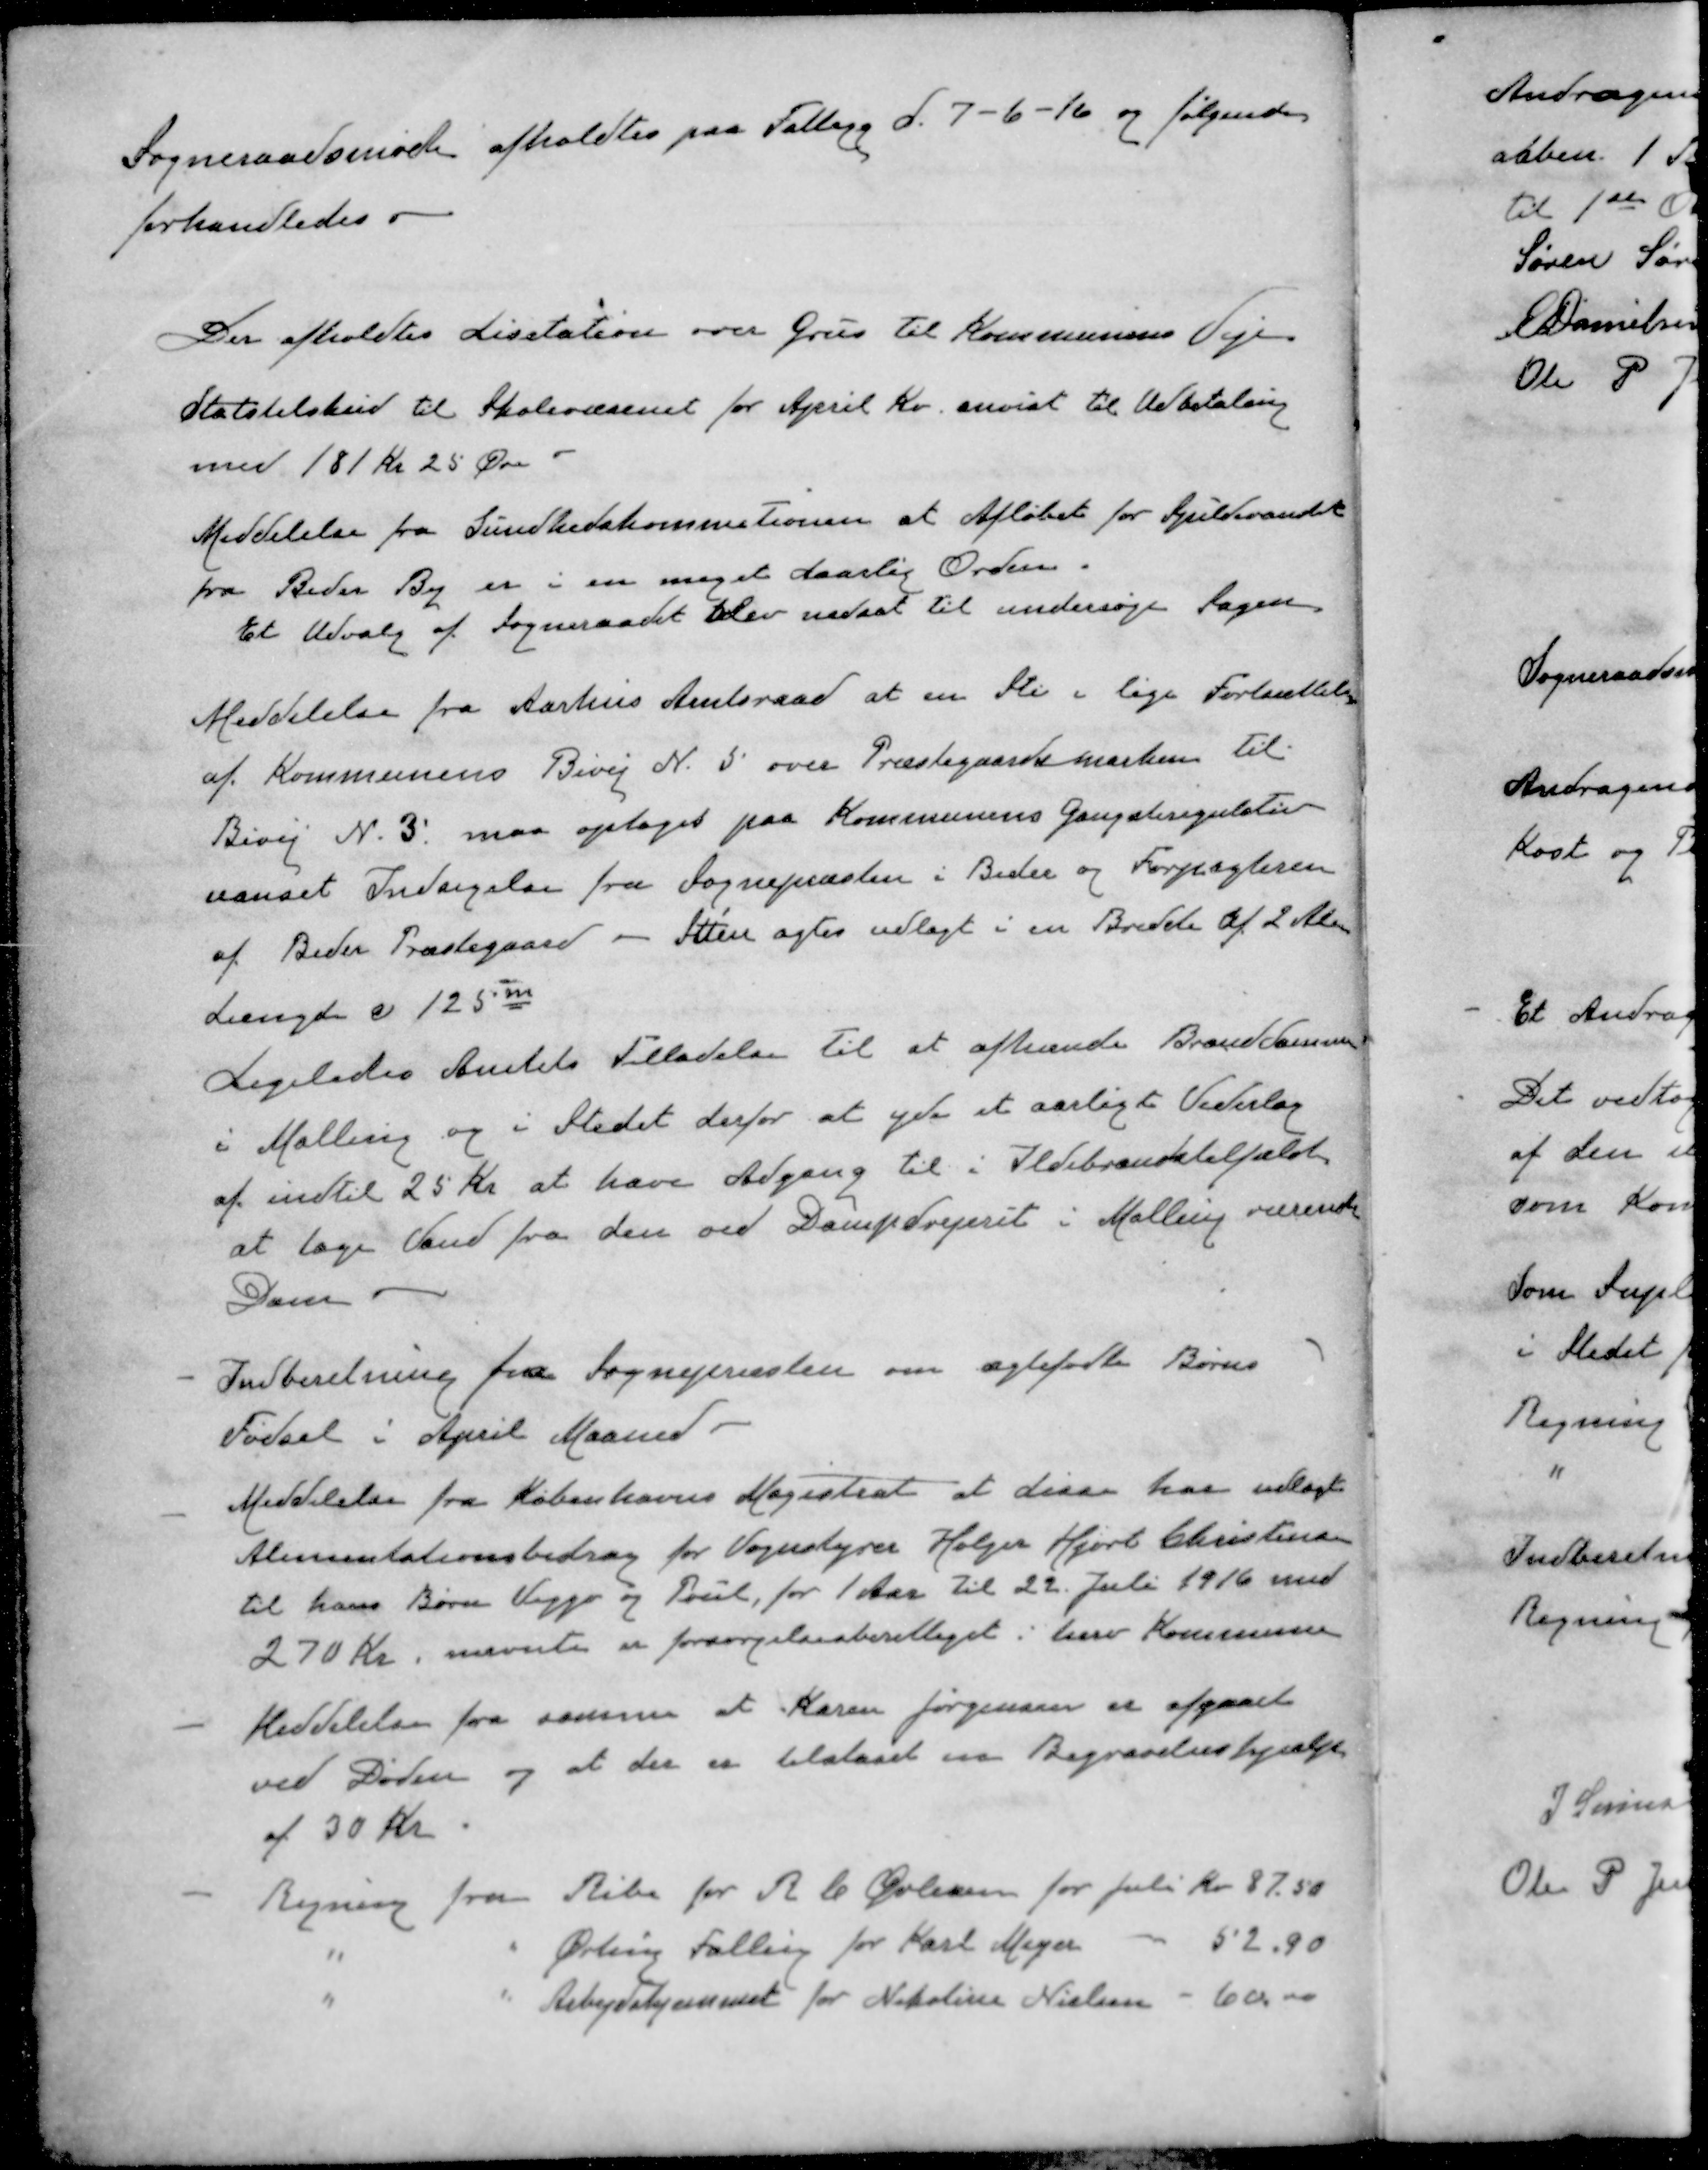
Transskription:
Sogneraadsmøde afholdtes paa Fattigg d. 7-6-16 og følgende
forhandledes
Der afholdtes Lisitation over Grus til Kommunens Veje
Statstilskud til Skolevæsenet for April Kv. anvist til Udbetaling
med 181 Kr 25 Øre
Meddelelse fra Sundhedskommitionen at Afløbet for Spildevandet
fra Beder By er i en meget daarlig Orden.
Et Udvalg af Sogneraadet blev nedsat til undersøge Sagen
Meddelelse fra Aarhus Amtsraad at en Sti i lige Fortsættelse
af Kommunens Bivej N. 5 over Præstegaardsmarken til
Bivej N. 3. maa optages paa Kommunens Gangstiregulativ
uanset Indsigelse fra Sognepræsten i Beder og Forpagteren
af Beder Præstegaard - Stien agtes udlagt i en Bredde af 2 Alen
Længde c 125 m
Ligeledes Amtets Tilladelse til at afhænde Branddammen
i Malling og i Stedet derfor at yde et aarligt Vederlag
af indtil 25 Kr at have Adgang til i Ildebrandstilfælde
at tage Vand fra den ved Dampdrejerit i Malling værende
Dam
- Indberetning fra Sognepræsten om ægtefødte Børns
Fødsel i April Maaned 
- Meddelelse fra Københavns Magistrat at disse har udlagt
Alimentationsbidrag for Vognstyrer Holger Hjort Christensen 
til hans Børn Viggo og Poul, for 1 Aar til 22. Juli 1916 med
270 Kr, nævnte er forsørgelsesberettiget i herv Kommune
- Meddelelse fra samme at Karen Jørgensen er afgaaet
ved Døden og at der er tilstaaet en Begravelseshjælp
af 30 Kr
- Regning fra Ribe for R C Øvlisen for Juli Kv 87,50
"
"
Ørting Falling for Karl Meyer
52.90
"
"
Arbejdshjemmet for Nikoline Nielsen
60.00